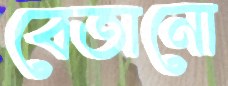
বেতানো